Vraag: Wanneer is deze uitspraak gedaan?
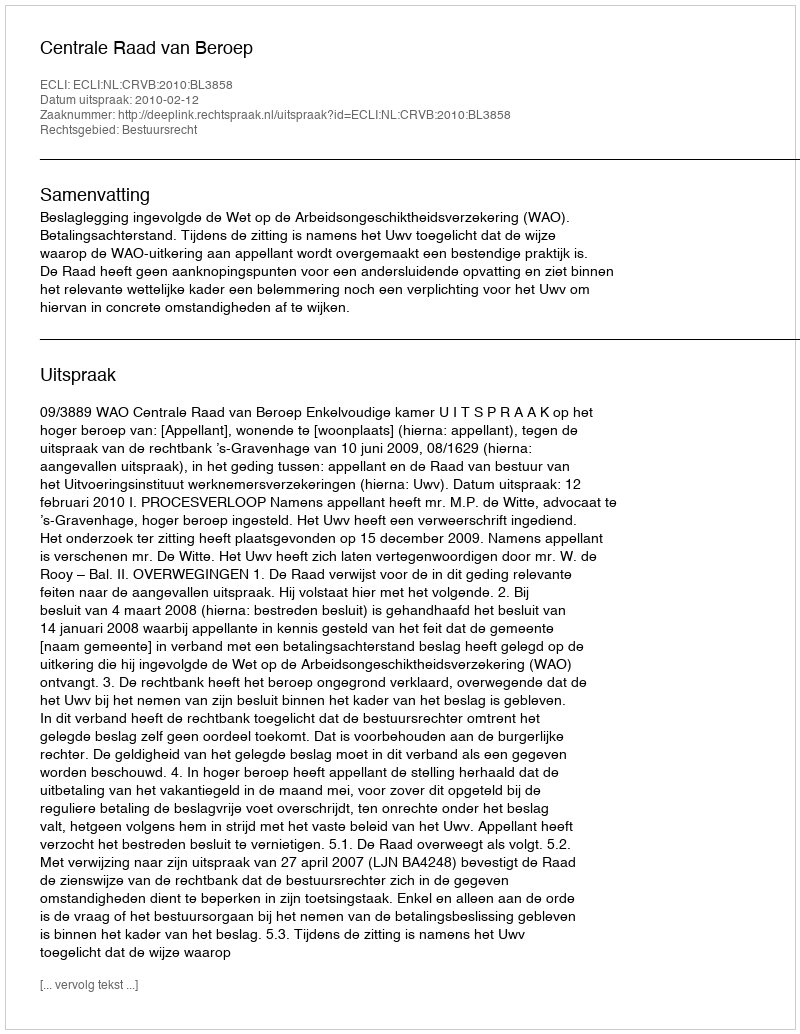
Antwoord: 2010-02-12